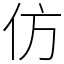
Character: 仿